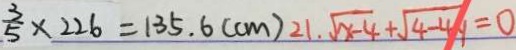
\frac { 3 } { 5 } \times 2 2 6 = 1 3 5 . 6 ( c m ) 2 1 . \sqrt { x - 4 } + \sqrt { 4 - 4 4 } = 0